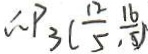
\therefore P _ { 3 } ( \frac { 1 2 } { 5 } , \frac { 1 6 } { 5 } )